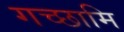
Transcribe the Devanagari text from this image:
गच्छामि